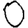
Digit: 0